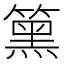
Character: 𥳬